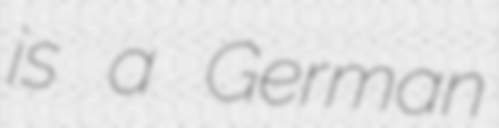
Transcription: is a German